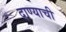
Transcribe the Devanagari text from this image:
दाण्याची